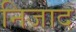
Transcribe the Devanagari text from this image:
निजाद